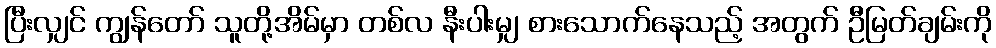
ပြီးလျှင် ကျွန်တော် သူတို့အိမ်မှာ တစ်လ နီးပါးမျှ စားသောက်နေသည့် အတွက် ဦမြတ်ချမ်းကို